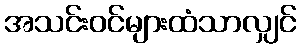
အသင်းဝင်များထံသာလျှင်